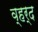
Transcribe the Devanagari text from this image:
व्हर्द